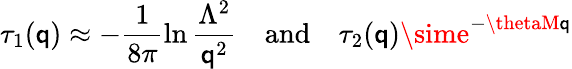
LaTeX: \tau_{1}(\mathsf{q})\approx-\frac{{1}}{{8\pi}}\ln\frac{{\Lambda^{2}}}{{\mathsf{q}^{2}}}\quad\mathrm{{and}}\quad\tau_{2}(\mathsf{q})\sime^{-\thetaM\mathsf{q}}